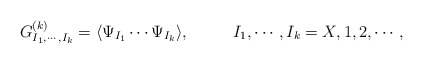
\begin{align*}G^{(k)}_{I_{1},\cdots,I_{k}} = \langle\Psi_{I_{1}}\cdots\Psi_{I_{k}}\rangle, ~~~~~~~~ I_{1},\cdots,I_{k}=X,1,2,\cdots, \end{align*}